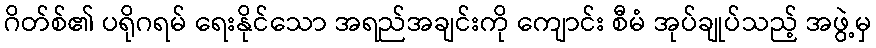
ဂိတ်စ်၏ ပရိုဂရမ် ရေးနိုင်သော အရည်အချင်းကို ကျောင်း စီမံ အုပ်ချုပ်သည့် အဖွဲ့မှ